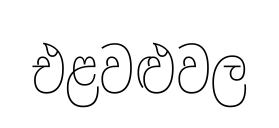
එළවළුවල